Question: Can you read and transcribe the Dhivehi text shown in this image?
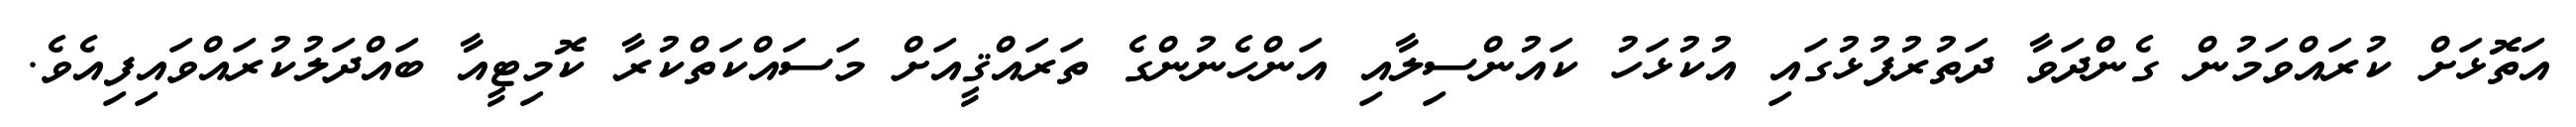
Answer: އަތޮޅަށް ކުރައްވަމުން ގެންދަވާ ދަތުރުފުޅުގައި އުކުޅަހު ކައުންސިލާއި އަންހެނުންގެ ތަރައްޤީއަށް މަސައްކަތްކުރާ ކޮމިޓީއާ ބައްދަލުކުރައްވައިފިއެވެ.